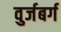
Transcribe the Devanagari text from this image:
वुर्जबर्ग